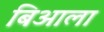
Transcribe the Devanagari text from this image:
बिआला